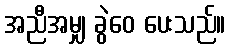
အညီအမျှ ခွဲဝေ ပေးသည်။